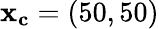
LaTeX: \mathbf{x_{c}}=(50,50)